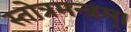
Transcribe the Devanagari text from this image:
स्तोत्रमन्त्रम्।